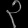
Digit: ၃